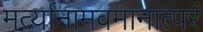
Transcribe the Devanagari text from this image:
मर्त्यानामवमानात्परं